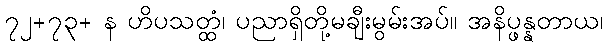
၇၂+၇၃+ န ဟိပသတ္ထံ၊ ပညာရှိတို့မချီးမွမ်းအပ်။ အနိပ္ဖန္နတာယ၊